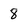
Character: 8